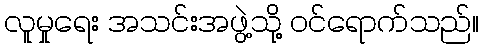
လူမှုရေး အသင်းအဖွဲ့သို့ ဝင်ရောက်သည်။